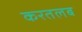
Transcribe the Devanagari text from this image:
करतलब